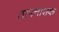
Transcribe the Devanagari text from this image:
तापनाशक